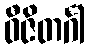
ဝီဇိတင်္ဂါ